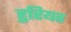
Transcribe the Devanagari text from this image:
हुरियत